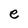
Character: e